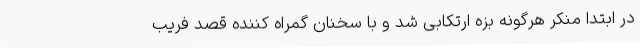
در ابتدا منکر هرگونه بزه ارتکابی شد و با سخنان گمراه کننده قصد فریب